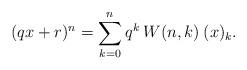
LaTeX: \begin{align*}(qx+r)^n=\sum_{k=0}^{n}q^k\:W(n,k)\:(x)_k.\end{align*}